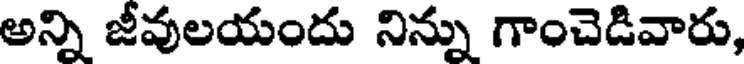
అన్ని జీవులయందు నిన్ను గాంచెడివారు,